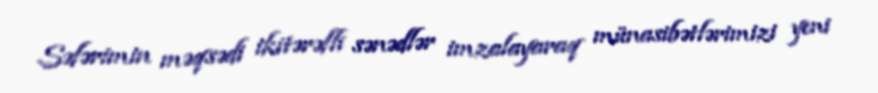
Səfərimin məqsədi ikitərəfli sənədlər imzalayaraq münasibətlərimizi yeni